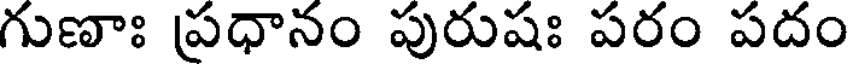
గుణాః ప్రధానం పురుషః పరం పదం